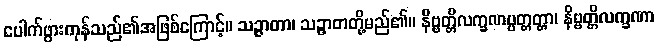
ပေါက်ဖွားကုန်သည်၏အဖြစ်ကြောင့်။ သဉ္ဇာတာ၊ သဉ္ဇာတတို့မည်၏။ နိဗ္ဗတ္တိလက္ခဏပ္ပတ္တတ္တာ၊ နိဗ္ဗတ္တိလက္ခဏာ